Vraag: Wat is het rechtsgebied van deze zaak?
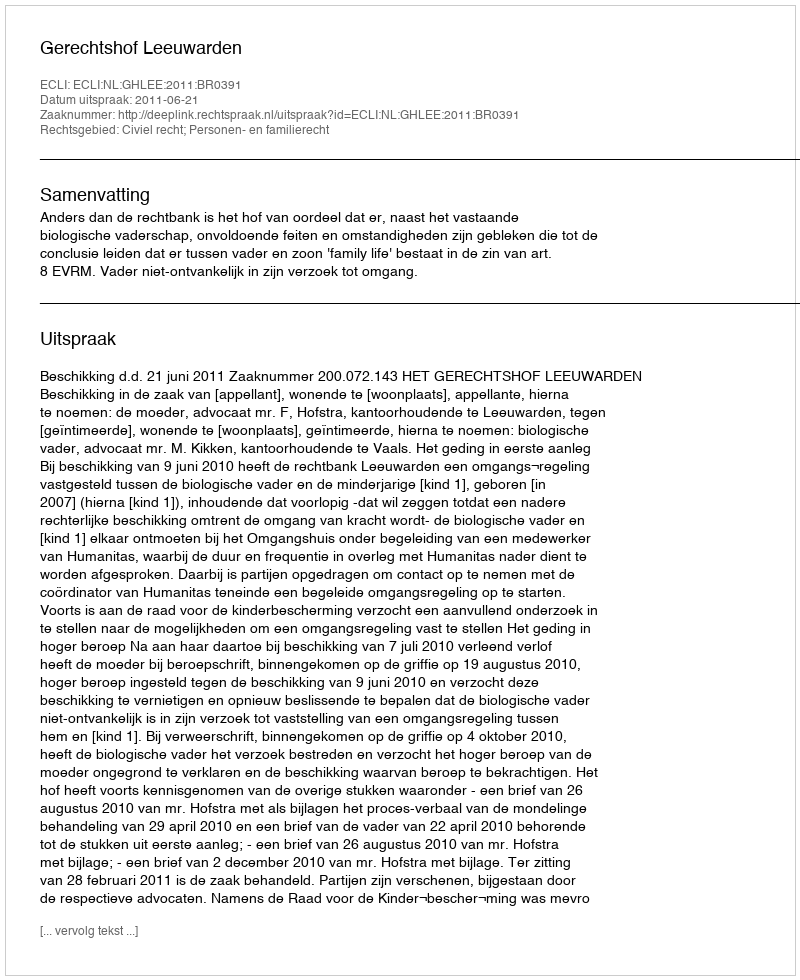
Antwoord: Civiel recht; Personen- en familierecht